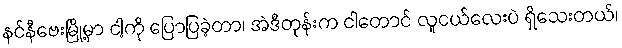
နင်နီဗေးမြို့မှာ ငါ့ကို ပြောပြခဲ့တာ၊ အဲဒီတုန်းက ငါတောင် လူငယ်လေးပဲ ရှိသေးတယ်၊